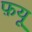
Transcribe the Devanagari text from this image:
फ़यू